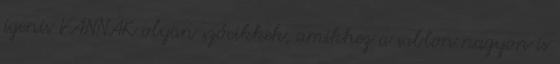
igenis VANNAK olyan szócikkek, amikhez a sablon nagyon is